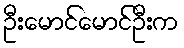
ဦးမောင်မောင်ဦးက